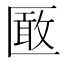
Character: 𭅞